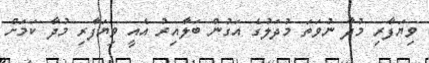
ވިޔަފާރި މުދާ ނުވަތަ މުދަލުގެ އަގުން ބަލާއިރު އެއީ ވިޔަފާރި މުދާ ކަމަށް